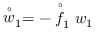
\stackrel { \circ } { w } _ { 1 } = - \stackrel { \circ } { f } _ { 1 } w _ { 1 }